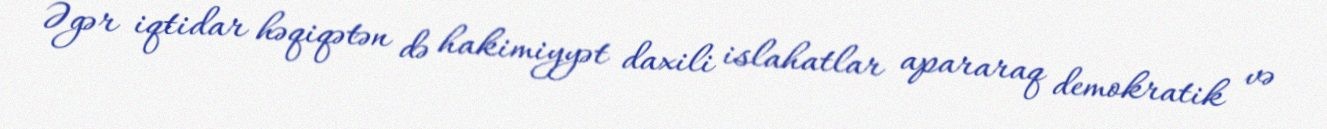
Əgər iqtidar həqiqətən də hakimiyyət daxili islahatlar apararaq demokratik və